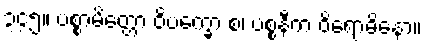
၃၄၅။ ပစ္စာမိတ္တော ဝိပက္ခော စ၊ ပစ္စနီက ဝိရောဓိနော။